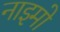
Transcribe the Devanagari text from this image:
नाइमो